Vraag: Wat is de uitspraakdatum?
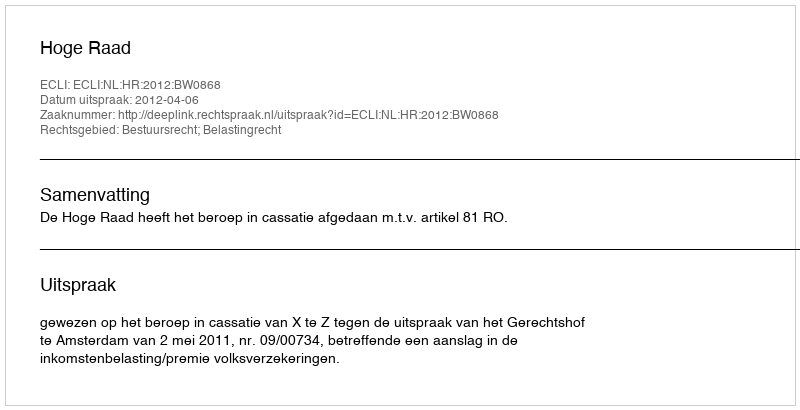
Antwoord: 2012-04-06